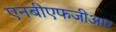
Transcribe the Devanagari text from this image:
एनबीएफजीआर